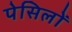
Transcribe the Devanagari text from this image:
पेसिलों